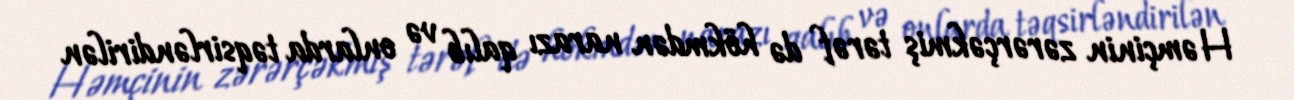
Həmçinin zərərçəkmiş tərəf də hökmdən narazı qalıb və onlarda təqsirləndirilən